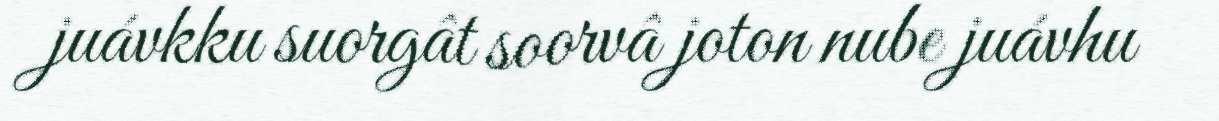
juávkku suorgât soorvâ joton nube juávhu